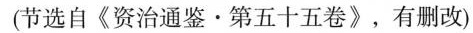
(节选自《资治通鉴·第五十五卷》，有删改)